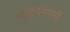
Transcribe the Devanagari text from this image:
कॉन्स्पिरसी